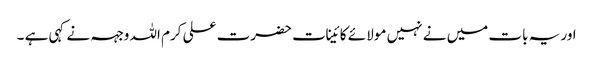
اور یہ بات میں نے نہیں مولا ئے کائینات حضرت علی کرم اللہ وجہہ نے کہی ہے ۔